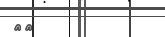
١٣